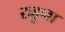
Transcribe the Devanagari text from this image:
रुहुना